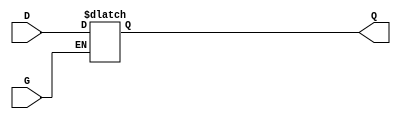
module gated_latch (
    input wire D,     // Data Input
    input wire G,     // Gate Signal
    output reg Q      // Output
);

// Always block to implement the latch functionality
always @(*) begin
    if (G) begin
        // When G is high, the latch is transparent
        Q = D;        // Output follows the input
    end
    // When G is low, Q retains its previous value (hold state)
end

endmodule